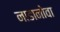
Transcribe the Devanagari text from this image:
नाडानोवा